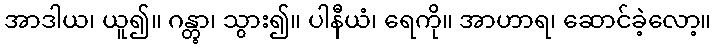
အာဒါယ၊ ယူ၍။ ဂန္တွာ၊ သွား၍။ ပါနီယံ၊ ရေကို။ အာဟာရ၊ ဆောင်ခဲ့လော့။